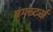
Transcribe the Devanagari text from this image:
यंगस्टर्स